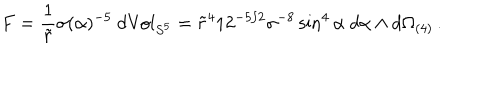
F = \frac { 1 } { \tilde { r } } \sigma ( \alpha ) ^ { - 5 } \ d \mathrm { V o l } _ { S ^ { 5 } } = \tilde { r } ^ { 4 } 1 2 ^ { - 5 / 2 } \sigma ^ { - 8 } \sin ^ { 4 } \alpha \ d \alpha \wedge d \Omega _ { ( 4 ) } \, .